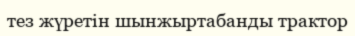
тез жүретін шынжыртабанды трактор